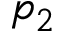
p _ { 2 }